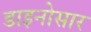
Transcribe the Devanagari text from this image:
डाइनोसार